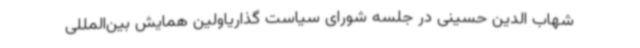
شهاب الدین حسینی در جلسه شورای سیاست گذاریاولین همایش بین‌المللی